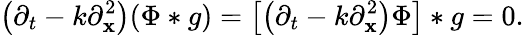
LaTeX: \left(\partial_{t}-k\partial_{\mathbf{x}}^{2}\right)(\Phi*g)=\left[\left(\partial_{t}-k\partial_{\mathbf{x}}^{2}\right)\Phi\right]*g=0.